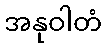
အနုဝါတံ